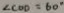
\angle C O D = 6 0 ^ { \circ }